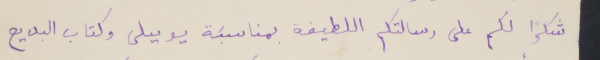
شكرا لكم على رسالتكم اللطيفة بمناسبَة يوبيلى وكتاب البديع